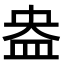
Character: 盎